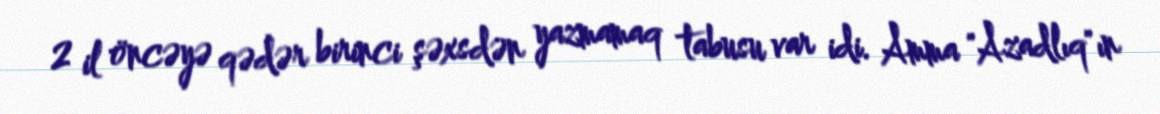
2 il öncəyə qədər birinci şəxsdən yazmamaq tabusu var idi. Amma "Azadlıq"ın